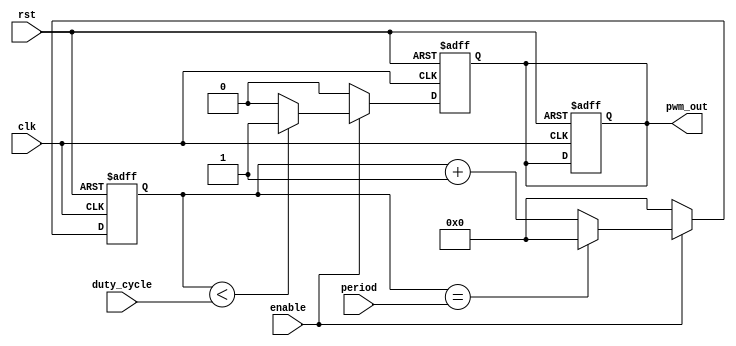
module PWM (
    input clk,
    input rst,
    input enable,
    input [7:0] duty_cycle,
    input [15:0] period,
    output reg pwm_out
);

reg [15:0] counter;
reg pwm_signal;

always @ (posedge clk or posedge rst) begin
    if (rst) begin
        counter <= 16'd0;
        pwm_signal <= 1'b0;
        pwm_out <= 1'b0;
    end else begin
        if (enable) begin
            counter <= counter + 1;
            if (counter == period) begin
                counter <= 16'd0;
            end
            
            if (counter < duty_cycle) begin
                pwm_signal <= 1'b1;
            end else begin
                pwm_signal <= 1'b0;
            end
        end else begin
            counter <= 16'd0;
            pwm_signal <= 1'b0;
        end
    end
end

assign pwm_out = pwm_signal;

endmodule